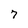
Character: 7